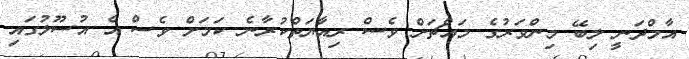
އާމްދަނީ ލިބޭ މިންވަރުގެ މައްޗަށް ވެސް ރިއާޔަތްކުރާނެ ކަމަށް ވެސް އެ އުސޫލުގައި